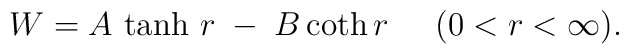
W=A\, \tanh\,r \;-\;B\, {\rm coth}\,r\;\;\;\;\;  (0<r<\infty).